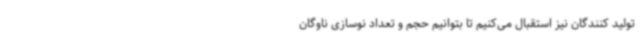
تولید کنندگان نیز استقبال می‌کنیم تا بتوانیم حجم و تعداد نوسازی ناوگان